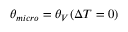
\theta _ { m i c r o } = \theta _ { V } ( \Delta T = 0 )